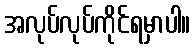
အလုပ်လုပ်ကိုင်ရမှာပါ။